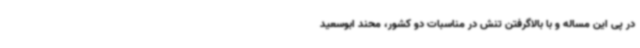
در پی این مساله و با بالاگرفتن تنش در مناسبات دو کشور، محند ابوسعید